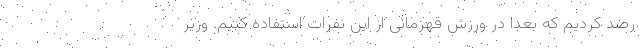
رصد کردیم که بعداً در ورزش قهرمانی از این نفرات استفاده کنیم. وزیر